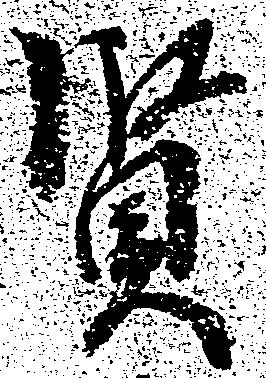
賢